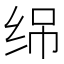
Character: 𬘣